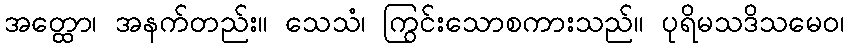
အတ္ထော၊ အနက်တည်း။ သေသံ၊ ကြွင်းသောစကားသည်။ ပုရိမသဒိသမေဝ၊